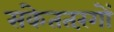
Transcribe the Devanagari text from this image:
संकेततरंगों